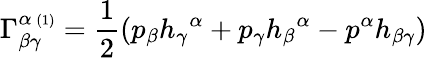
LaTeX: \Gamma_{\beta\gamma}^{\alpha\ {\scriptscriptstyle(1)}}=\frac{1}{2}(p_{\beta}h_{\gamma}{}^{\alpha}+p_{\gamma}h_{\beta}{}^{\alpha}-p^{\alpha}h_{\beta\gamma})